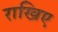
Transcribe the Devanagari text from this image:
राखिए